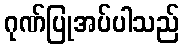
ဂုဏ်ပြုအပ်ပါသည်